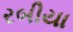
રબીયા